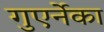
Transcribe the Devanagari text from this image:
गुएर्नेका